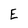
Character: E